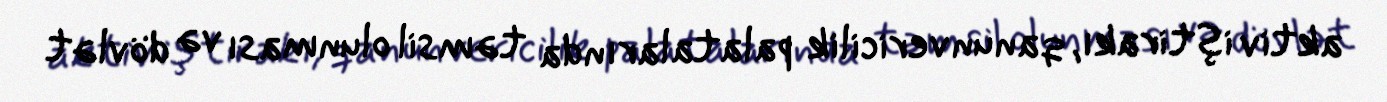
aktiv iştirakı, qanunvericilik palatalarında təmsil olunması və dövlət